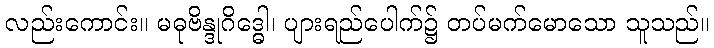
လည်းကောင်း။ မဓုဗိန္ဒုဂိဒ္ဓေါ၊ ပျားရည်ပေါက်၌ တပ်မက်မောသော သူသည်။